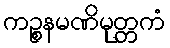
ကဉ္စနမဏိမုတ္တကံ